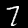
Digit: 7